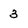
Character: 3